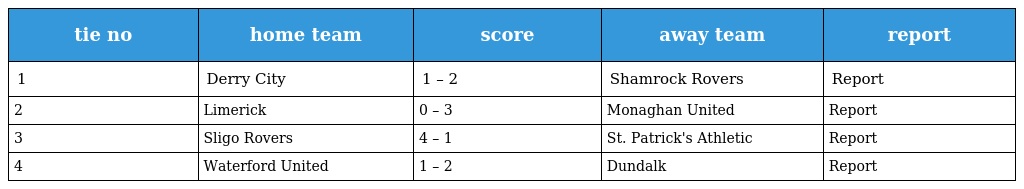
| tie no | home team | score | away team | report |
 | --- | --- | --- | --- | --- |
 | 1 | Derry City | 1 – 2 | Shamrock Rovers | Report |
 | 2 | Limerick | 0 – 3 | Monaghan United | Report |
 | 3 | Sligo Rovers | 4 – 1 | St. Patrick's Athletic | Report |
 | 4 | Waterford United | 1 – 2 | Dundalk | Report |